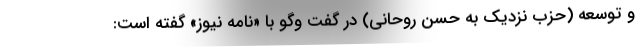
و توسعه (حزب نزدیک به حسن روحانی) در گفت وگو با «نامه نیوز» گفته است: